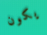
يكون